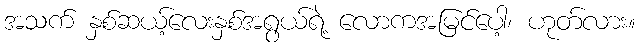
အသက် နှစ်ဆယ့်လေးနှစ်အရွယ်ရဲ့ လောကအမြင်ပေါ့၊ ဟုတ်လား။